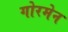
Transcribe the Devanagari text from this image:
गोरमेन